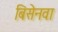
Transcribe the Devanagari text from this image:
बिसेनवा